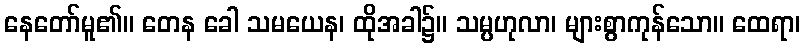
နေတော်မူ၏။ တေန ခေါ သမယေန၊ ထိုအခါ၌။ သမ္ပဟုလာ၊ များစွာကုန်သော။ ထေရာ၊